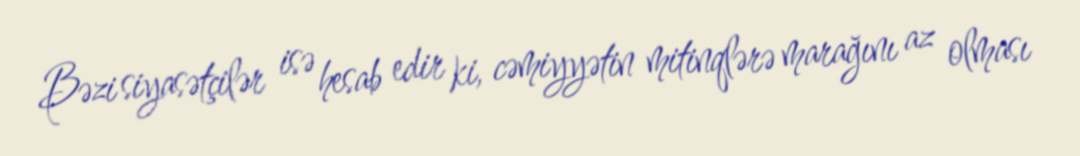
Bəzi siyasətçilər isə hesab edir ki, cəmiyyətin mitinqlərə marağını az olması